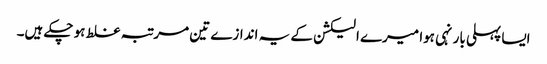
ایسا پہلی بار نہی ہوا میرے الیکشن کے یہ اندازے تین مرتبہ غلط ہو چکے ہیں۔